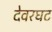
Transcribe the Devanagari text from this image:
देवरघट